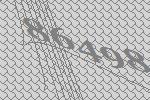
86498